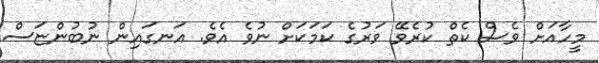
މީހާއަށް ވެސް ކެތް ކުރެވޭ ވަރުގެ ކަމަކަށް ނުވެ އެވެ. އަނގައިން ނުބުންޏަސް